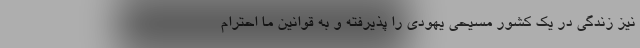
نیز زندگی در یک کشور مسیحی یهودی را پذیرفته و به قوانین ما احترام